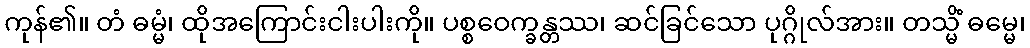
ကုန်၏။ တံ ဓမ္မံ၊ ထိုအကြောင်းငါးပါးကို။ ပစ္စဝေက္ခန္တဿ၊ ဆင်ခြင်သော ပုဂ္ဂိုလ်အား။ တသ္မိံ ဓမ္မေ၊